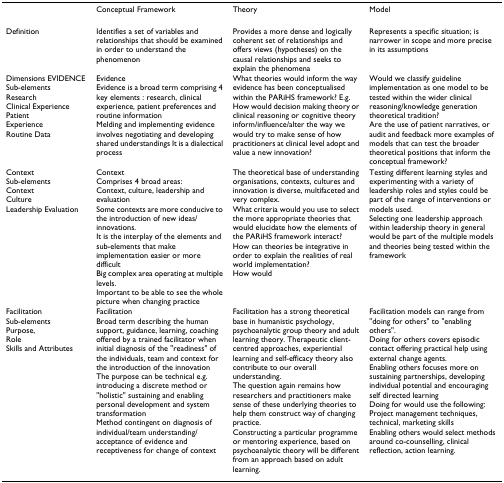
|  | Conceptual Framework | Theory | Model |
 | --- | --- | --- | --- |
 | Definition | Identifies a set of variables and relationships that should be examined in order to understand the phenomenon | Provides a more dense and logically coherent set of relationships and offers views (hypotheses) on the causal relationships and seeks to explain the phenomena | Represents a specific situation; is narrower in scope and more precise in its assumptions |
 | Dimensions EVIDENCESub-elementsResearchClinical ExperiencePatientExperienceRoutine Data | EvidenceEvidence is a broad term comprising 4 key elements : research, clinical experience, patient preferences and routine informationMelding and implementing evidence involves negotiating and developing shared understandings It is a dialectical process | What theories would inform the way evidence has been conceptualised within the PARiHS framework? E.g. How would decision making theory or clinical reasoning or cognitive theory inform/influence/alter the way we would try to make sense of how practitioners at clinical level adopt and value a new innovation? | Would we classify guideline implementation as one model to be tested within the wider clinical reasoning/knowledge generation theoretical tradition?Are the use of patient narratives, or audit and feedback more examples of models that can test the broader theoretical positions that inform the conceptual framework? |
 | ContextSub-elementsContextCultureLeadership Evaluation | ContextComprises 4 broad areas:Context, culture, leadership and evaluationSome contexts are more conducive to the introduction of new ideas/innovations.It is the interplay of the elements and sub-elements that make implementation easier or more difficultBig complex area operating at multiple levels.Important to be able to see the whole picture when changing practice | The theoretical base of understanding organisations, contexts, cultures and innovation is diverse, multifaceted and very complex.What criteria would you use to select the more appropriate theories that would elucidate how the elements of the PARiHS framework interact?How can theories be integrative in order to explain the realities of real world implementation?How would | Testing different learning styles and experimenting with a variety of leadership roles and styles could be part of the range of interventions or models used.Selecting one leadership approach within leadership theory in general would be part of the multiple models and theories being tested within the framework |
 | FacilitationSub-elementsPurpose,RoleSkills and Attributes | FacilitationBroad term describing the human support, guidance, learning, coaching offered by a trained facilitator when initial diagnosis of the "readiness" of the individuals, team and context for the introduction of the innovationThe purpose can be technical e.g. introducing a discrete method or "holistic" sustaining and enabling personal development and system transformationMethod contingent on diagnosis of individual/team understanding/acceptance of evidence and receptiveness for change of context | Facilitation has a strong theoretical base in humanistic psychology, psychoanalytic group theory and adult learning theory. Therapeutic client-centred approaches, experiential learning and self-efficacy theory also contribute to our overall understanding.The question again remains how researchers and practitioners make sense of these underlying theories to help them construct way of changing practice.Constructing a particular programme or mentoring experience, based on psychoanalytic theory will be different from an approach based on adult learning. | Facilitation models can range from "doing for others" to "enabling others".Doing for others covers episodic contact offering practical help using external change agents.Enabling others focuses more on sustaining partnerships, developing individual potential and encouraging self directed learningDoing for would use the following:Project management techniques, technical, marketing skillsEnabling others would select methods around co-counselling, clinical reflection, action learning. |